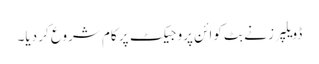
ڈویلپرز نے بِٹ کوائن پروجیکٹ پر کام شروع کر دیا۔